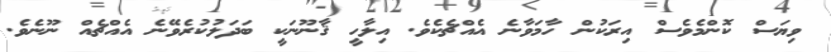
ވިޔަސް ކޮންމެވެސް އިރަކުން ހާމަވާނެ އެއްޗެކެވެ. އިލާހީ ޤާނޫނަކީ ބަދަލުކުރެވޭނެ އެއްޗެއް ނޫނެވެ.